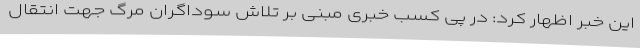
این خبر اظهار کرد: در پی کسب خبری مبنی بر تلاش سوداگران مرگ جهت انتقال